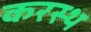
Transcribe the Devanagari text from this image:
करस्थ